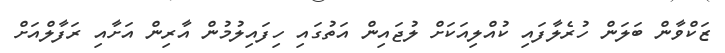
ޒަކްވާން ބަލަން ހުރެލާފައި ކުއްލިއަކަށް ލުޖައިން އަތުގައި ހިފައިލުމުން އާރިން އަށާއި ރަފާލްއަށް